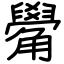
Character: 觷